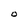
Character: O